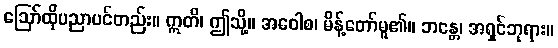
ဩော်ထိုပညာပင်တည်း။ ဣတိ၊ ဤသို့။ အဝေါစ၊ မိန့်တော်မူ၏။ ဘန္တေ၊ အရှင်ဘုရား။